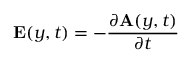
\mathbf { E } ( y , t ) = - \frac { \partial \mathbf { A } ( y , t ) } { \partial t }